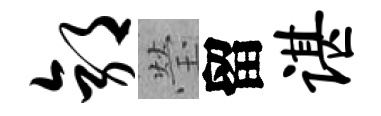
郭瑩留谌